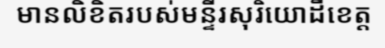
មានលិខិតរបស់មន្ទីរសុរិយោដីខេត្ត